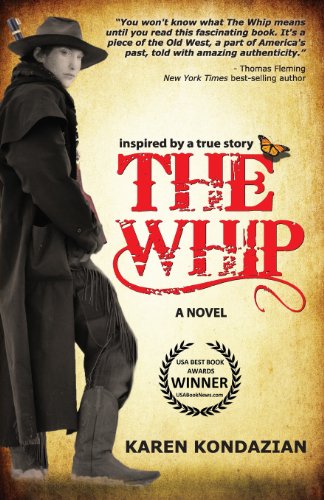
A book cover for The Whip: a novel inspired by the story of Charley Parkhurst; Karen Kondazian; Romance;